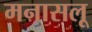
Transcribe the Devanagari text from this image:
मनासलू